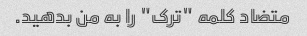
متضاد کلمه "ترک" را به من بدهید.